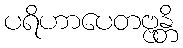
ပရိဟာပေတဗ္ဗန္တိ